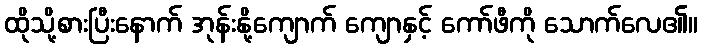
ထိုသို့စားပြီးနောက် အုန်းနို့ကျောက် ကျောနှင့် ကော်ဖီကို သောက်လေ၏။